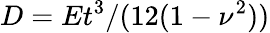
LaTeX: D=Et^{3}/(12(1-\nu^{2}))